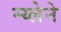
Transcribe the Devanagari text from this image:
म्य्लेने